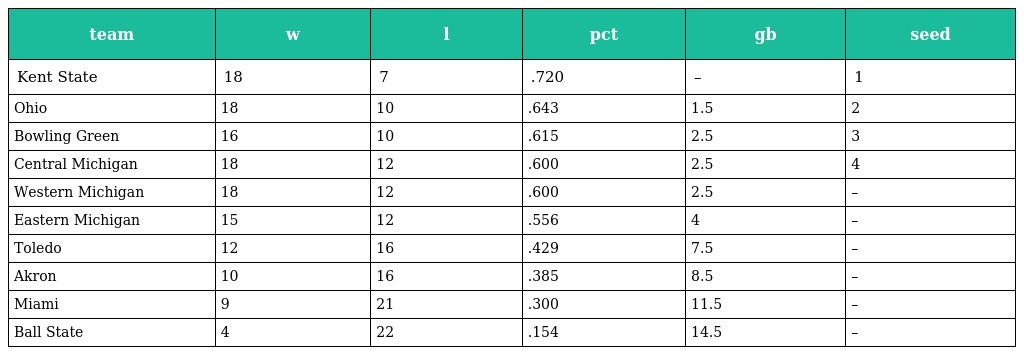
| team | w | l | pct | gb | seed |
 | --- | --- | --- | --- | --- | --- |
 | Kent State | 18 | 7 | .720 | – | 1 |
 | Ohio | 18 | 10 | .643 | 1.5 | 2 |
 | Bowling Green | 16 | 10 | .615 | 2.5 | 3 |
 | Central Michigan | 18 | 12 | .600 | 2.5 | 4 |
 | Western Michigan | 18 | 12 | .600 | 2.5 | – |
 | Eastern Michigan | 15 | 12 | .556 | 4 | – |
 | Toledo | 12 | 16 | .429 | 7.5 | – |
 | Akron | 10 | 16 | .385 | 8.5 | – |
 | Miami | 9 | 21 | .300 | 11.5 | – |
 | Ball State | 4 | 22 | .154 | 14.5 | – |